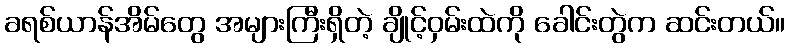
ခရစ်ယာန်အိမ်တွေ အများကြီးရှိတဲ့ ချိုင့်ဝှမ်းထဲကို ခေါင်းတွဲက ဆင်းတယ်။